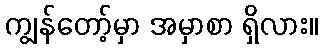
ကျွန်တော့်မှာ အမှာစာ ရှိလား။